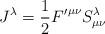
LaTeX: \begin{align*}J^{\lambda}= \frac{1}{2}{F'}^{{\mu}{\nu}}S^{\lambda}_{{\mu}{\nu}}\end{align*}